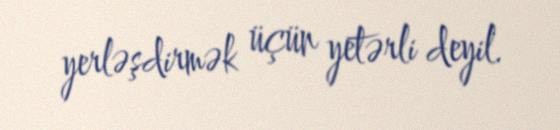
yerləşdirmək üçün yetərli deyil.